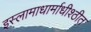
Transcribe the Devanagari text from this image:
इस्लामाधार्माधीश्ठीत